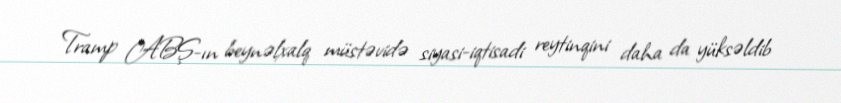
Tramp ABŞ-ın beynəlxalq müstəvidə siyasi-iqtisadi reytinqini daha da yüksəldib